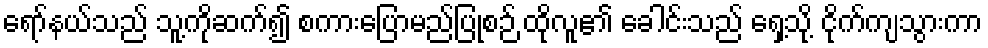
ရော်နယ်သည် သူ့ကိုဆက်၍ စကားပြောမည်ပြုစဉ် ထိုလူ၏ ခေါင်းသည် ရှေ့သို့ ငိုက်ကျသွားကာ